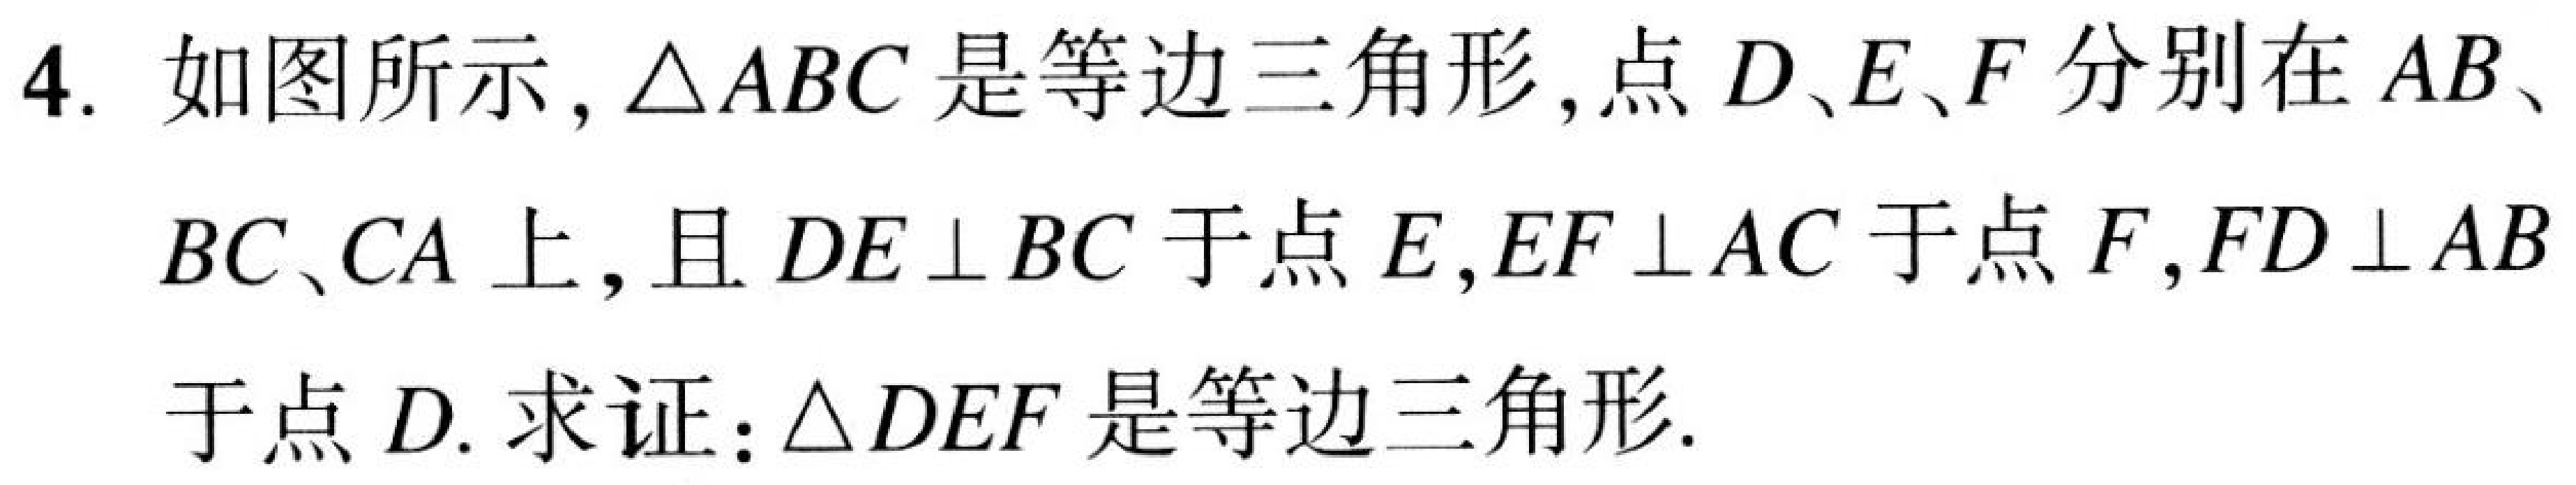
4. 如图所示，\(\triangle ABC\)是等边三角形，点\(D、E、F\)分别在\(AB\)、\(BC、CA\)上，且\(DE\perp BC\)于点\(E\)，\(EF\perp AC\)于点\(F\)，\(FD\perp AB\)于点\(D\). 求证：\(\triangle DEF\)是等边三角形.